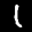
Label: 1